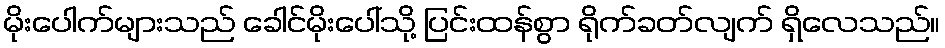
မိုးပေါက်များသည် ခေါင်မိုးပေါ်သို့ ပြင်းထန်စွာ ရိုက်ခတ်လျက် ရှိလေသည်။